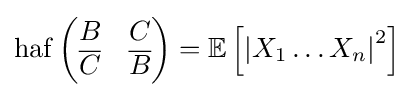
\operatorname {haf} {\begin{pmatrix}B&C\\{\overline {C}}&{\overline {B}}\\\end{pmatrix}}=\mathbb {E} \left[\left|X_{1}\dots X_{n}\right|^{2}\right]